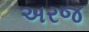
અરજ